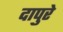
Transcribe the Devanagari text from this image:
दापुरे